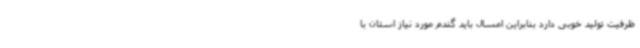
ظرفیت تولید خوبی دارد بنابراین امسال باید گندم مورد نیاز استان با